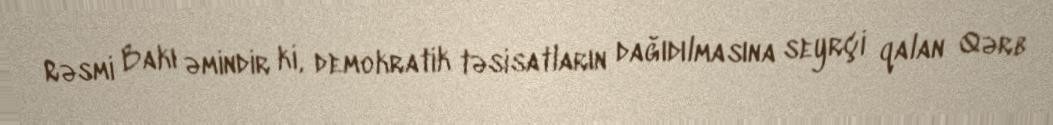
Rəsmi Bakı əmindir ki, demokratik təsisatların dağıdılmasına seyrçi qalan Qərb